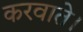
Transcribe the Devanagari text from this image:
करवाते।